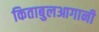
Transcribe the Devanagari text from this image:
किताबुलआगानी